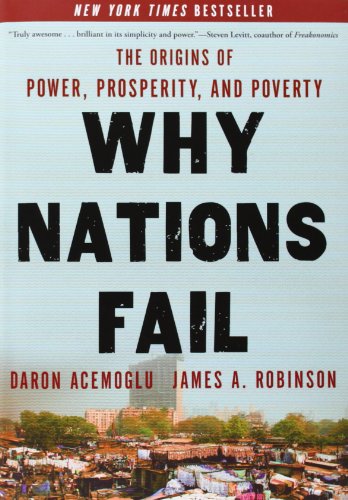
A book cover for Why Nations Fail: The Origins of Power, Prosperity, and Poverty; Daron Acemoglu; Business & Money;